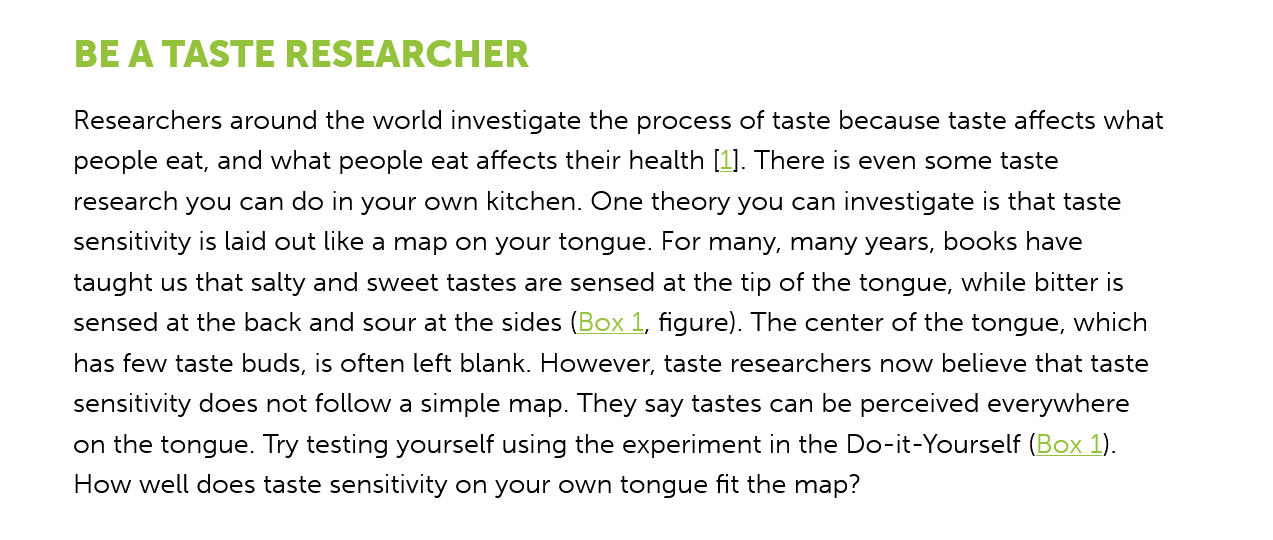
BE  A TASTE    RESEARCHER
     Researchers around the world investigate the process of taste because taste affects what
     people eat, and what people eat affects their health [1]. There is even some taste
     research you can do in your own kitchen. One theory you can investigate is that taste
     sensitivity is laid out like a map on your tongue. For many, many years, books have
     taught us that salty and sweet tastes are sensed at the tip of the tongue, while bitter is
     sensed at the back and sour at the sides (Box 1, figure). The center of the tongue, which

     has few taste buds, is often left blank. However, taste researchers now believe that taste
     sensitivity does not follow a simple map. They say tastes can be perceived everywhere
     on the tongue. Try testing yourself using the experiment in the Do-it-Yourself (Box 4).
     How well does taste sensitivity on your own tongue fit the map?